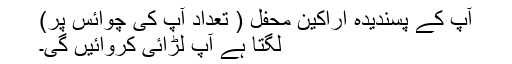
آپ کے پسندیدہ اراکینِ محفل ( تعداد آپ کی چوائس پر)
لگتا ہے آپ لڑائی کروائیں گی۔